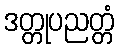
ဒတ္တုပညတ္တံ